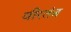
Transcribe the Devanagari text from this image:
वीरतंत्र